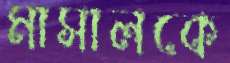
মাসালকে